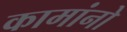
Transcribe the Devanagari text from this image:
कामांनो